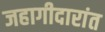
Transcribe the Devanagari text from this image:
जहागीदारांत